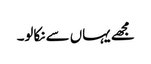
مجھے یہاں سے نکالو۔